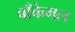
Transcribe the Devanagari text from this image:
बाँकेमल